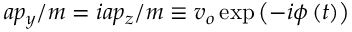
a p _ { y } / m = i a p _ { z } / m \equiv v _ { o } \exp \left( - i \phi \left( t \right) \right)